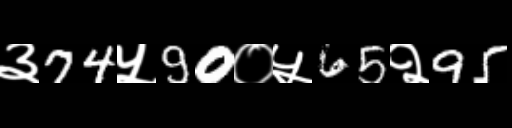
Text: ३74५90०५65२95